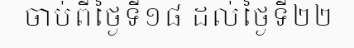
ចាប់ពីថ្ងៃទី១៨ ដល់ថ្ងៃទី២២